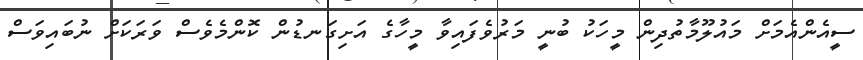
ސީއެންއެމަށް މައުލޫމާތުދިން މީހަކު ބުނީ މަރުވެފައިވާ މީހާގެ އަށިގަނޑުން ކޮންމެވެސް ވަރަކަށް ނުބައިވަސް